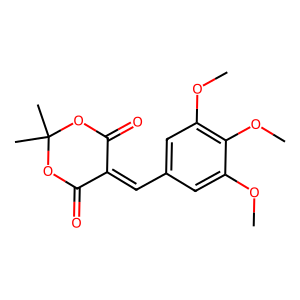
SMILES: COc1cc(C=C2C(=O)OC(C)(C)OC2=O)cc(OC)c1OC
Inhibits HIV replication: No